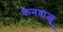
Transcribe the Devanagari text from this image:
कनवाळू